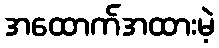
အထောက်အထားမဲ့